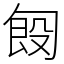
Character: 匓